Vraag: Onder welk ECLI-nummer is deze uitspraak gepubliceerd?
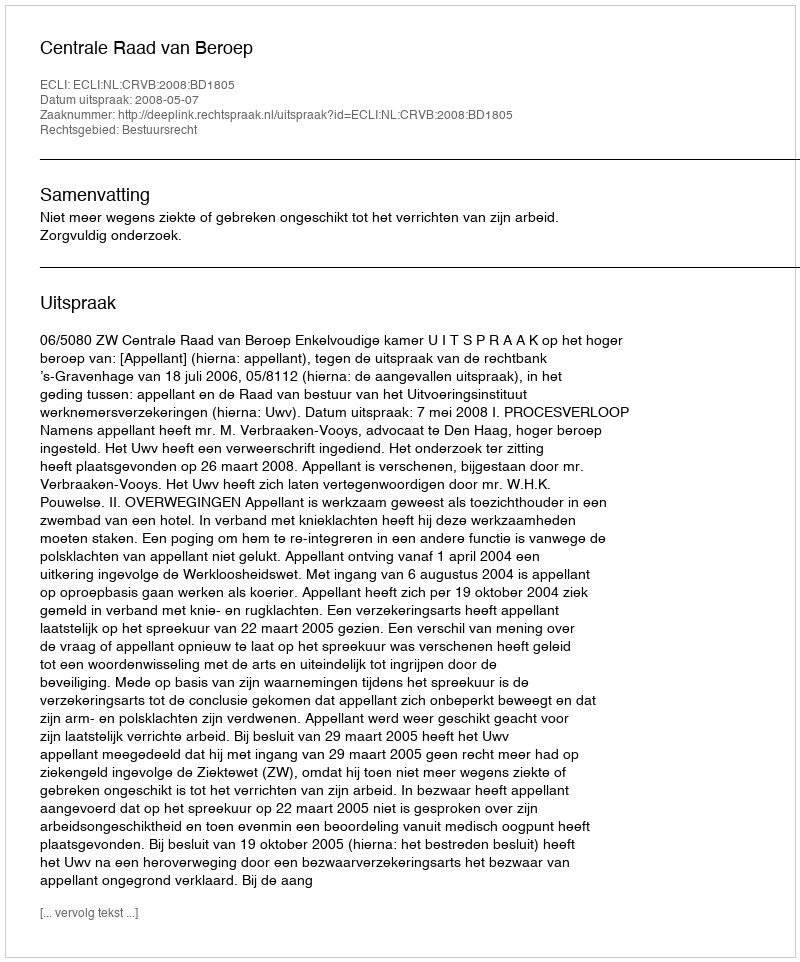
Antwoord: ECLI:NL:CRVB:2008:BD1805